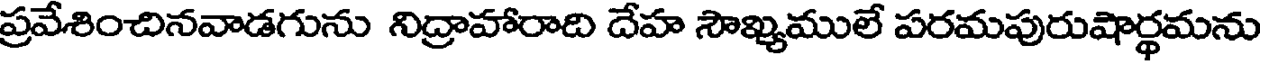
ప్రవేశించినవాడగును నిద్రాహారాది దేహ సౌఖ్యములే పరమపురుషార్థమను